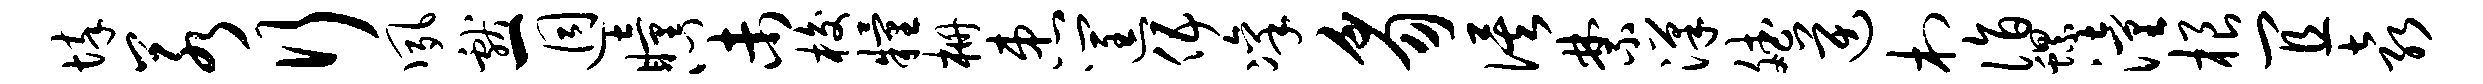
悴若行夙献一迥瞳心未梭粮栅患筐伍凛豸俟禁汉斌逆村诣螺潼根宜袁